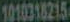
1010318215